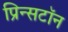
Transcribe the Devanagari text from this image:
प्रिन्सटॉन